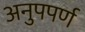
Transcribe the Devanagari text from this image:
अनुपपर्ण